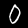
Label: 0